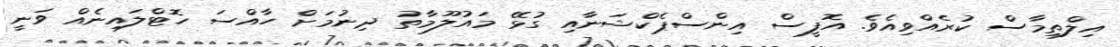
އިލްތިމާސް ކުރެއްވިއެވެ. އޮފީސް އިންސްޕެކްޝަނާއި ގުޅޭ މައުލޫމާތު ދިނުމަށް ހާއްސަ ހޮޓްލައިނެއް ވަނީ